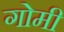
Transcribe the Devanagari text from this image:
गोमी